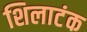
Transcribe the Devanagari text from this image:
शिलाटंक